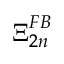
\boldsymbol { \Xi } _ { 2 n } ^ { F B }